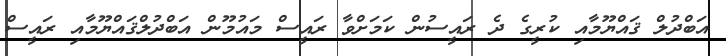
އަބްދުލް ޤައްޔޫމާއި ކުރީގެ ދެ ރައީސުން ކަމަށްވާ ރައީސް މައުމޫން އަބްދުލްޤައްޔޫމާއި ރައީސް